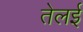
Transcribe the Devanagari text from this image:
तेलई